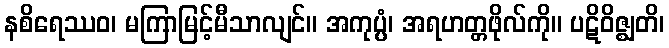
နစိရေဿဝ၊ မကြာမြင့်မီသာလျင်။ အကုပ္ပံ၊ အရဟတ္တဖိုလ်ကို။ ပဋိဝိဇ္ဈတိ၊